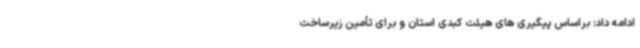
ادامه داد: براساس پیگیری های هیئت کبدی استان و برای تأمین زیرساخت